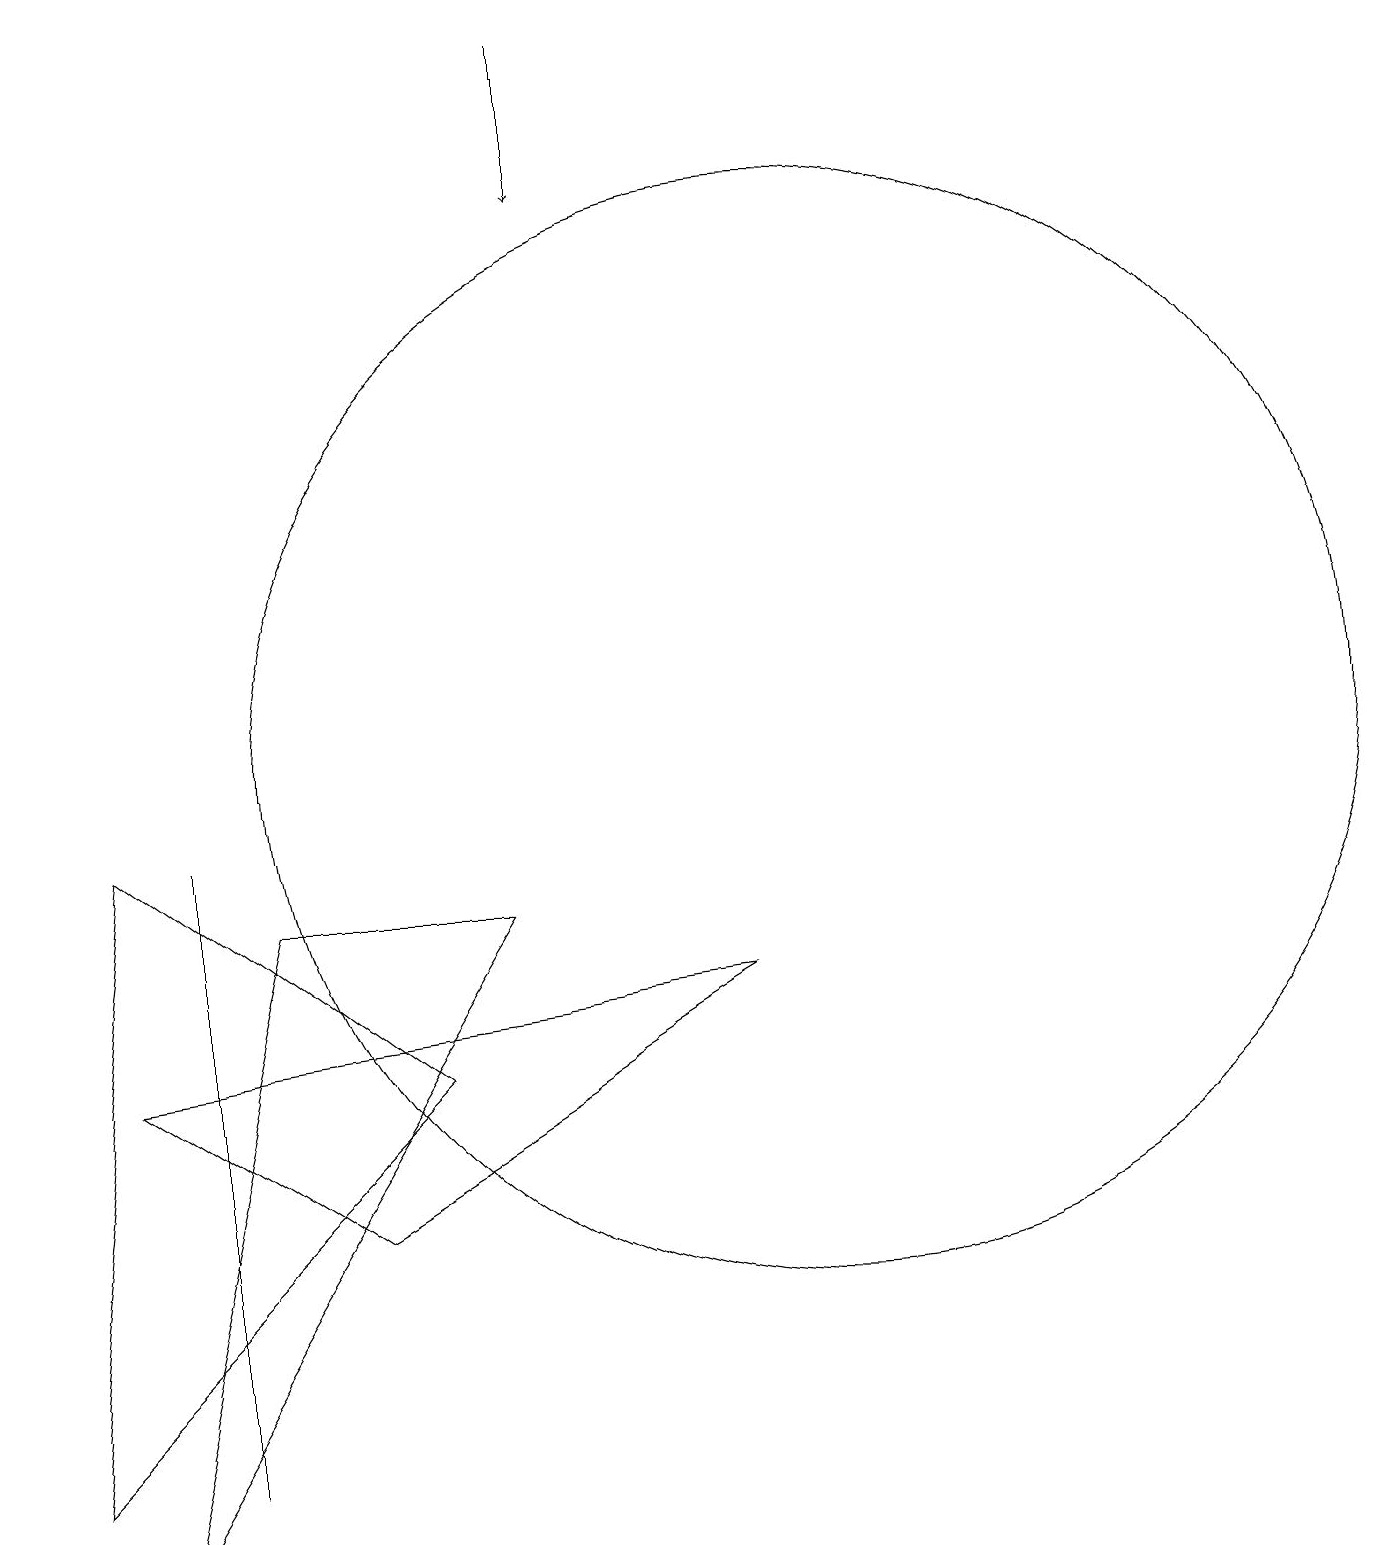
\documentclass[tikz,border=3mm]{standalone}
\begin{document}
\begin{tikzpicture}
\draw (10,10) circle (7);
\draw (4,4) -- (1,6) -- (9,7) -- cycle;
\draw (2,1) -- (2,8) -- (2,9) -- cycle;
\draw (6,8) -- (3,8) -- (1,0) -- cycle;
\draw (1,9) -- (5,6) -- (0,1) -- cycle;
\draw[->] (7,19) -- (7,17);
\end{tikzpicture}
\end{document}